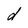
Character: d